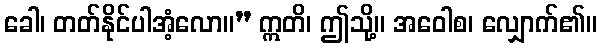
ခေါ၊ တတ်နိုင်ပါအံ့လော။” ဣတိ၊ ဤသို့။ အဝေါစ၊ လျှောက်၏။